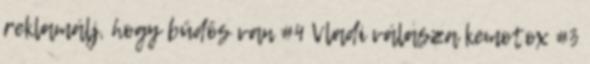
reklamálj, hogy büdös van #4 Vladi válasza kemotox #3